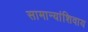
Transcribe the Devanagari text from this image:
सामान्यांशिवाय